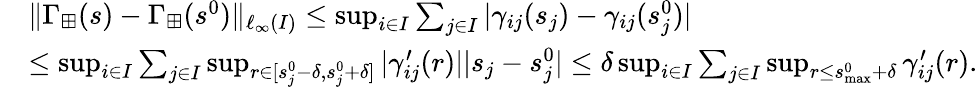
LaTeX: \begin{array}{rl}&{\| \Gamma_{\boxplus}(s)-\Gamma_{\boxplus}(s^{0})\| _{\ell_{\infty}(I)}\leq\operatorname*{sup}_{i\in I}\sum_{j\in I}|\gamma_{ij}(s_{j})-\gamma_{ij}(s_{j}^{0})|}\\ &{\leq\operatorname*{sup}_{i\in I}\sum_{j\in I}\operatorname*{sup}_{r\in[s_{j}^{0}-\delta,s_{j}^{0}+\delta]}|\gamma_{ij}^{\prime}(r)||s_{j}-s_{j}^{0}|\leq\delta\operatorname*{sup}_{i\in I}\sum_{j\in I}\operatorname*{sup}_{r\leq s_{\operatorname*{max}}^{0}+\delta}\gamma_{ij}^{\prime}(r).}\end{array}